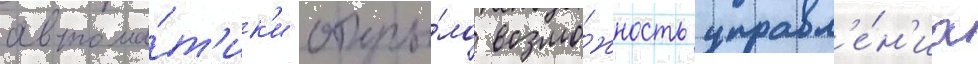
автома́т'ик'и откры́ло возмо́жность управл'е́н'иа